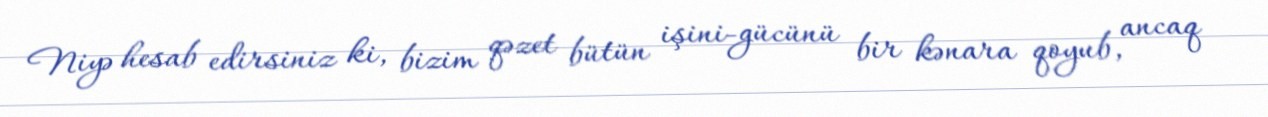
Niyə hesab edirsiniz ki, bizim qəzet bütün işini-gücünü bir kənara qoyub, ancaq